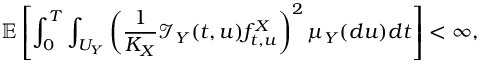
\mathbb { E } \left[ \int _ { 0 } ^ { T } \int _ { U _ { Y } } \left( \frac { 1 } { K _ { X } } \mathcal { I } _ { Y } ( t , u ) f _ { t , u } ^ { X } \right) ^ { 2 } \mu _ { Y } ( d u ) d t \right] < \infty ,